Report of the Hyderabad Chloroform Commission
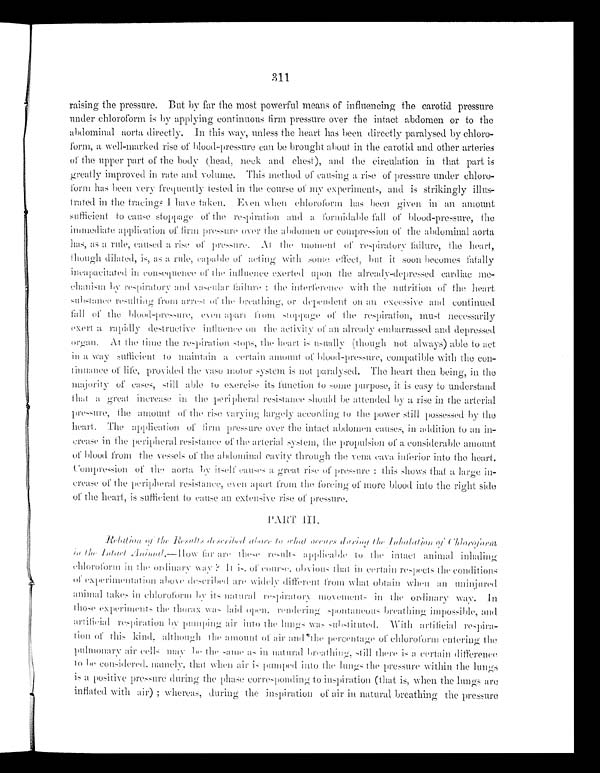
311
raising the pressure. But by far the most powerful means of influencing the carotid pressure
under chloroform is by applying continuous firm pressure over the intact abdomen or to the
abdominal aorta directly. In this way, unless the heart has been directly paralysed by chloro
-form, a well-marked rise of blood-pressure can be brought about in the carotid and other arteries
of the upper part of the body (head, neck and chest), and the circulation in that, part is
greatly improved in rate and volume. This method of causing a rise of pressure under chloro
-form has been very frequently tested in the course of my experiments, and is strikingly illus
-trated in the tracings I have taken. Even when chloroform has been given in an amount
sufficient to cause stoppage of the respiration and a formidable fall of blood-pressure, the
immediate application of firm pressure over the abdomen or compression of the abdominal aorta
has, as a rule, caused a rise of pressure. At the moment of respiratory failure, the heart,
though dilated, is, as a rule, capable of acting with some effect, but it soon becomes fatally
incapacitated in consequence of the influence exerted upon the already-depressed cardiac me
-chanism by respiratory and vascular failure; the interference with the nutrition of the heart
substance resulting from arrest of the breathing, or dependent on
excessive and continued
fall of the blood-pressure, even apart from stoppage of the respiration, must necessarily
exart a rapidly destructive influence on the activity of an already embarrassed and depressed
organ. At the time the respiration stops, the heart is usually (though not always) able to act
in a way sufficient to maintain a certain amount of blood-pressure, compatible with the con
-tinuance of life, provided the vaso motor system is not paralysed. The heart then being, in the
majority of cases, still able to exercise its function to some purpose, it is easy to understand
that a great increase in the peripheral resistance should be attended by a rise in the arterial
pressure, the amount of the rise varying largely according to the power still possessed by the
heart. The application of firm pressure over the intact abdomen causes, in addition to an in
-crease in the peripheral resistance of the arterial system, the propulsion of a considerable amount
of blood from the vessels of the abdominal cavity through the vena cava inferior into the heart.
Compression of the aorta by itself causes a great rise of pressure; this shows that a large i
n-crease of the peripheral resistance, even apart from the forcing of more blood into the right side
of the heart, is sufficient to cause all extensive rise of pressure.
PART III
R e l a t i o n o f t h e R e s u l t s d e s c r i b e d a b o v e t o w h a t o c c u r s d u r i n g t h e I n h a l a t i o n o f C h l o r o f o r m
i n t h e I n c e n t A n i m a l . —
H o w
f a r a r e t h e s e r e s u l t s a p p l i c a b l e t o t h e i n t a c t a n i m a l i n h a l i n g c h l o r o f o r m i n t h e o r d i n a r y w a y ? I t
is of course obvious that in certain respects the conditions
of experimentation above described are widely different from what obtain when an u n i n j u r e d
animal takes in chloroform by its natural respiratory movements in the ordinary way.
I n t h o s e t h e t h o r a x l a i d o p e n r e n d e r i n g s p o n t a n e o u s b r e a t h i n g i m p o s s i b l e ,
and artificial respiration by pumping air into the lungs was substituted. With artificial respira-
tion of this kind, although the amount of air and the percentage of chloroform entering the
pulmonary air cells may be the same as in natural breathing, still there is a certain difference
t o b e c o n s i d e r e d , n a m e l y , t h a t w h e n a i r i s p u m p e d i n t o t h e l u n g s t h e p r e s s u r e w i t h i n t h e l u n g s
is a positive pressure during the phase corresponding to inspiration (that is, when the lungs are
inflated with air); whereas, during the inspiration of air in natural breathing the pressure